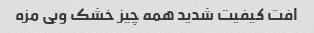
افت کیفیت شدید همه چیز خشک و‌بی مزه